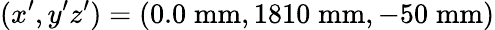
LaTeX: (x^{\prime},y^{\prime}z^{\prime})=(0.0\; \mathrm{mm},1810\; \mathrm{mm},-50\; \mathrm{mm})